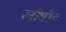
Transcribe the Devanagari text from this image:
रनीमीड